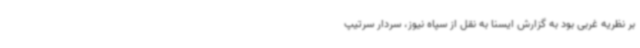
بر نظریه غربی بود به گزارش ایسنا به نقل از سپاه نیوز، سردار سرتیپ